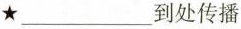
★ ___ 到处传播